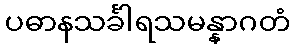
ပဓာနသင်္ခါရသမန္နာဂတံ